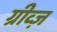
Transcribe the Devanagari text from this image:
ग्रीव्ज़